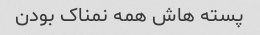
پسته هاش همه نمناک بودن